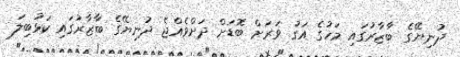
ދުނިޔޭގެ ބާޒާރުގައި މަހުގެ އަގު ވަރަށް ބޮޑަށް ދަށްވެއްޖެ ދުނިޔޭގެ ބާޒާރުގައި ކަޅުބިލަ